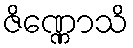
ဇိဏ္ဏောသိ